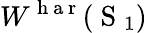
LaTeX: W^{\mathrm{~h~a~r~}}(\mathrm{~S~}_{1})